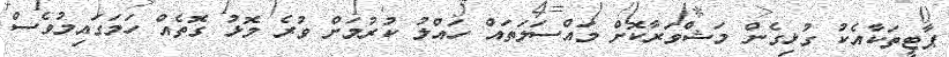
ޕާޓީތަކާއެކު ގުޅިގެން މަޝްވަރާކޮށް މައްސަލަތައް ހައްލު ކުރުމަށް ވުރެ މޮޅު ގޮތެއް ހަމަގައިމުވެސް